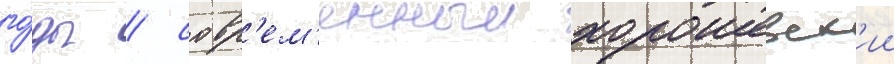
го́ды / совр'ем'енныи хорошевск'ии